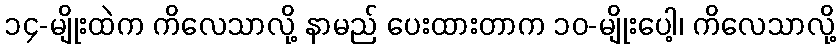
၁၄-မျိုးထဲက ကိလေသာလို့ နာမည် ပေးထားတာက ၁၀-မျိုးပေါ့၊ ကိလေသာလို့